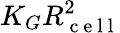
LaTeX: K_{G}R_{\mathrm{~c~e~l~l~}}^{2}